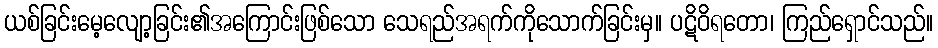
ယစ်ခြင်းမေ့လျော့ခြင်း၏အကြောင်းဖြစ်သော သေရည်အရက်ကိုသောက်ခြင်းမှ။ ပဋိဝိရတော၊ ကြည်ရှောင်သည်။